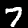
Digit: 7